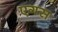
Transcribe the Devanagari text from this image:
एगस